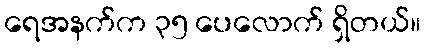
ရေအနက်က ၃၅ ပေလောက် ရှိတယ်။